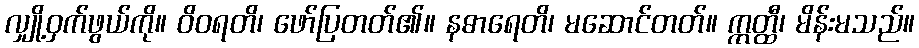
လျှို့ဝှက်ဖွယ်ကို။ ဝိဝရတိ၊ ဖော်ပြတတ်၏။ နဓာရေတိ၊ မဆောင်တတ်။ ဣတ္ထီ၊ မိန်းမသည်။